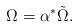
LaTeX: \begin{align*}\Omega = \alpha^* \tilde \Omega.\end{align*}